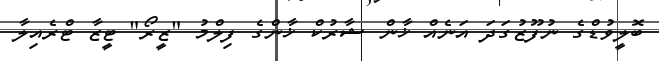
ބޮލީވުޑްގެ ނުފޫޒުގަދަ އަނެއް ޚާން ޝާރުކް ޚާންގެ ފިލްމު "ޒީރޯ" ޓީޒާ ޓްރެއިލާ